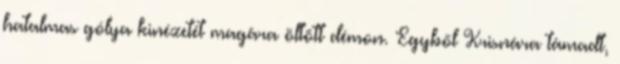
hatalmas gólya kinézetét magára öltött démon. Egyből Krisnára támadt,